Lunatic asylums Punjab 1895-1910 - 1895-1910
Year: 1895
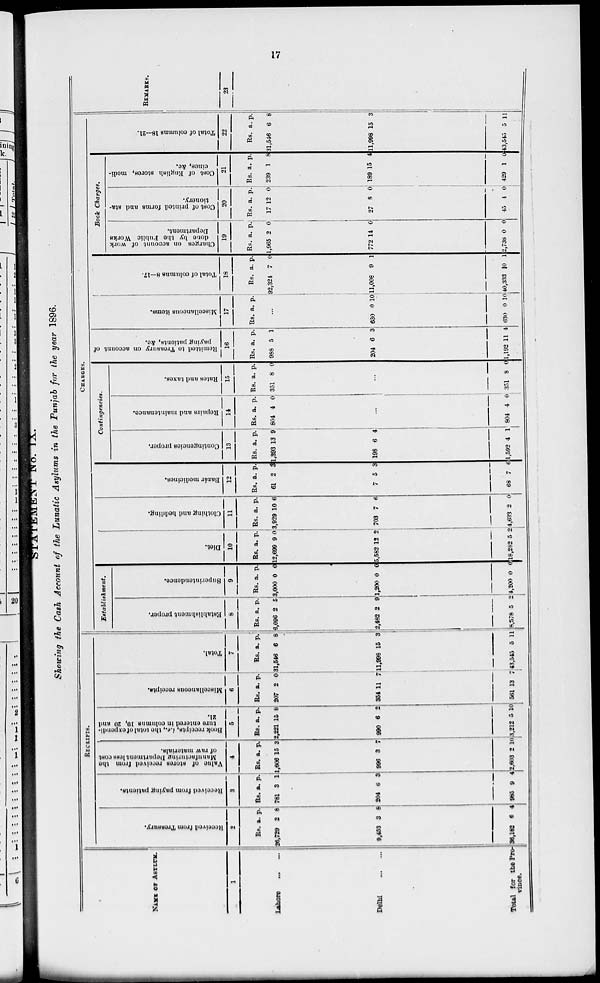
17
STATEMENT No. IX.
Showing the Cash Account of the Lunatic Asylums in the Punjab for the year 1896.
NAME OF ASYLUM.
1
Lahore ... ...
Delhi
...
...
Total for the
Pro-
vince.
RECEIPTS.
Received
from Treasury.
2
Rs.
26,720
9,453
36,182
a.
2
3
6
p.
8
8
4
Received
from paying patients.
3
Rs.
781
204
985
a.
3
6
9
p.
1
3
4
Value
of stores received from the
Manufacturing Department loss cost
of raw materials.
4
Rs.
1,606
906
2,603
a.
15
3
2
p.
3
7
10
Book receipts,
i.e., the total of expendi-
ture
entered in columns 10, 20 and
21.
5
Rs.
2,221
990
3,212
a.
15
6
5
p.
8
2
10
Miscellaneous receipts.
6
Rs.
207
354
561
a.
2
11
13
p.
0
7
7
Total.
7
Rs.
31,546
11,998
43,545
a.
6
15
5
p.
8
3
11
CHARGES.
Establishment.
Establishment proper.
8
Rs.
6,096
2,482
8,578
a.
2
2
5
p.
5
9
2
Superintendence.
9
Rs.
3,000
1,200
4,200
a.
0
0
0
p.
0
0
0
Diet.
10
Rs.
12,699
5,582
18,282
a.
9
12
5
p.
0
2
2
Clothing and bedding.
11
Rs.
3,929
703
4,633
a.
10
7
2
p.
6
6
0
Bazár medicines.
12
Rs.
61
7
68
a.
2
5
7
p.
3
3
6
Contingencies.
Contingencies proper.
13
Rs.
1,393
198
1,592
a.
13
6
4
p.
9
4
1
Repairs and maintenance.
14
Rs.
804
a.
4
p.
0
...
804 4
0
Rates and taxes.
15
Rs.
351
a.
8
p.
0
...
351 8 €
Remitted to Treasury on account of
paying patients, &c.
16
Rs.
988
204
1,192
a.
5
6
11
p.
1
3
4
Miscellaneous items.
17
Rs. a. p.
...
630
630
0
0
10
10
Total of columns 8—17.
18
Rs.
92,324
11,008
40,333
a.
7
9
10
p.
0
1
1
Book Charges.
Charges on account of work
done by the Public Works
Department.
19
Rs.
1,965
772
2,738
a.
2
14
0
p.
0
0
0
Cost of printed forms and sta-
tionery.
20
Rs.
17
27
45
a.
12
8
4
p.
0
0
0
Cost of English stores, medi-
cines, &c.
21
Rs.
239
189
429
a.
1
15
1
p.
8
4
0
Total of columns 18—21.
22
Rs.
31,546
11,998
43,545
a
6
15
5
p.
8
3
11
REMARKS.
23